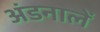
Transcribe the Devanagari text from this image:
अंडनालें